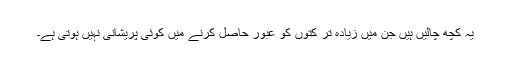
یہ کچھ چالیں ہیں جن میں زیادہ تر کتوں کو عبور حاصل کرنے میں کوئی پریشانی نہیں ہوتی ہے۔